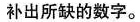
补出所缺的数字。